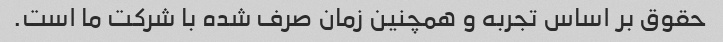
حقوق بر اساس تجربه و همچنین زمان صرف شده با شرکت ما است.